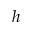
h